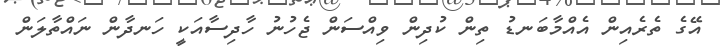
އޭގެ ތެރެއިން އެއްމާބަނޑު ތިން ކުދިން ވިއްސަން ޖެހުނު ހާދިސާއަކީ ހަނދާން ނައްތާލަން